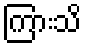
ကြားသိ